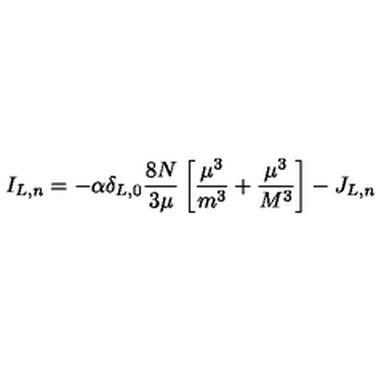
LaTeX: I _ { L , n } = - \alpha \delta _ { L , 0 } \frac { 8 N } { 3 \mu } \left[ \frac { \mu ^ { 3 } } { m ^ { 3 } } + \frac { \mu ^ { 3 } } { M ^ { 3 } } \right] - J _ { L , n }